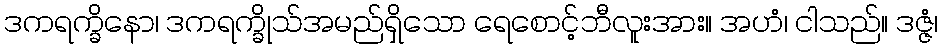
ဒကရက္ခိနော၊ ဒကရက္ခိုသ်အမည်ရှိသော ရေစောင့်ဘီလူးအား။ အဟံ၊ ငါသည်။ ဒဇ္ဇံ၊